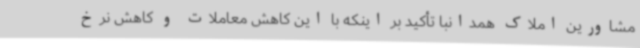
مشاورین املاک همدانبا تأکید بر اینکه با این کاهش معاملات و کاهش نرخ